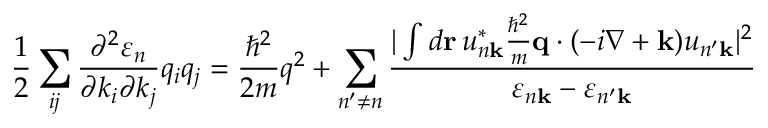
{ \frac { 1 } { 2 } } \sum _ { i j } { \frac { \partial ^ { 2 } \varepsilon _ { n } } { \partial k _ { i } \partial k _ { j } } } q _ { i } q _ { j } = { \frac { \hbar ^ { 2 } } { 2 m } } q ^ { 2 } + \sum _ { n ^ { \prime } \neq n } { \frac { | \int d \mathbf { r } \, u _ { n \mathbf { k } } ^ { * } { \frac { \hbar ^ { 2 } } { m } } \mathbf { q } \cdot ( - i \nabla + \mathbf { k } ) u _ { n ^ { \prime } \mathbf { k } } | ^ { 2 } } { \varepsilon _ { n \mathbf { k } } - \varepsilon _ { n ^ { \prime } \mathbf { k } } } }